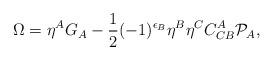
LaTeX: \begin{align*}\Omega=\eta^AG_A-\frac{1}{2}(-1)^{\epsilon_B}\eta^B\eta^CC_{CB}^A{\cal P}_A,\end{align*}